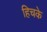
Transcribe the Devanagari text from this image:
हिचके